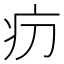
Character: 𤴬